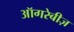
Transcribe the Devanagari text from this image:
ऑगरेबीज़